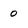
Character: 0